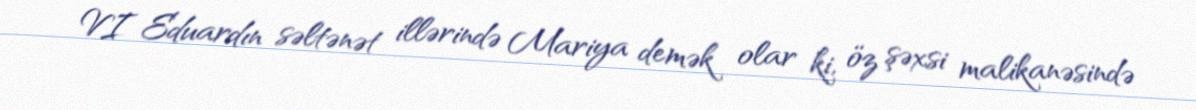
VI Eduardın səltənət illərində Mariya demək olar ki, öz şəxsi malikanəsində